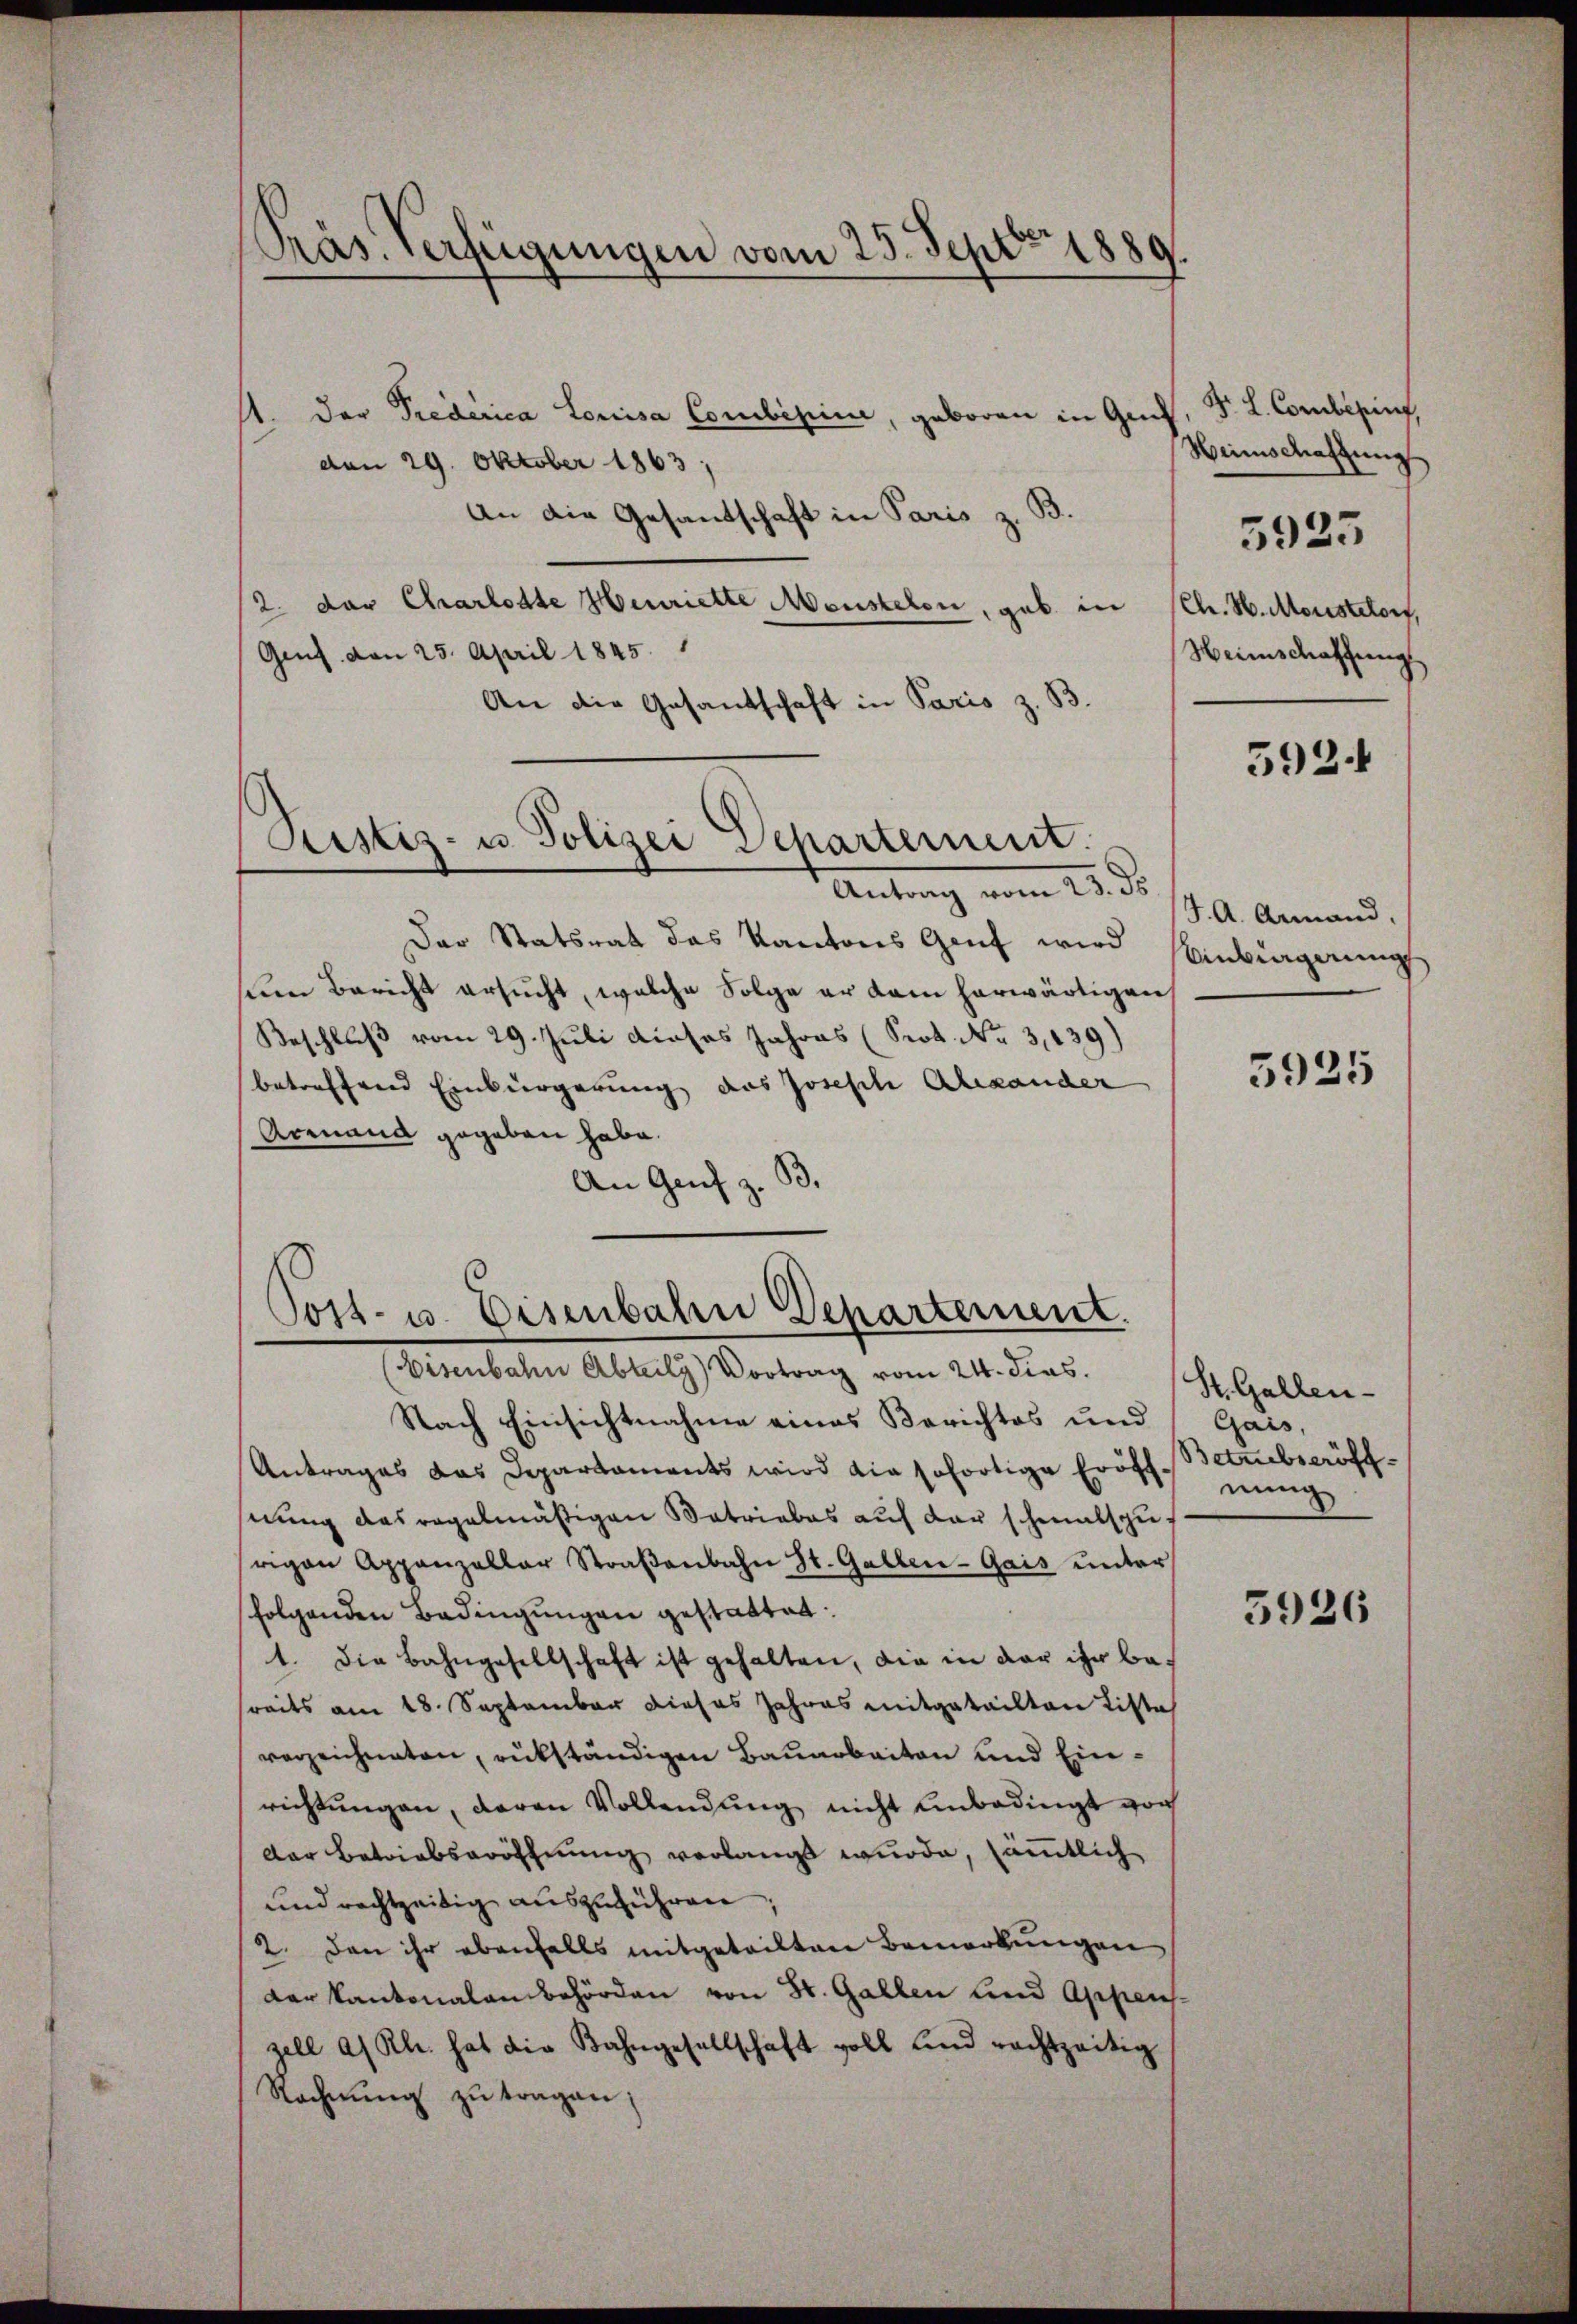
Präs. Verfügungen vom 25. Sept. 1889.

1. Der Prederica Louisa Combinin, geboren in Ge
den 29. Oktober 1863;
An die Gesandschaft in Paris z. B.
2. der Charlotte Henriette Menstelen, geb. in (Ch. H. Moristetorf,
Genf von 25. April 1845.
An die Gesantschaft in Paris z. B.
Pustiz- u. Polizei Departement.
Antrag vom 15. d.
Der Statsrat das Kantons Genf wird
sem Bericht ersucht, welche Folge er kam herwärtigen
Beschluß vom 29. Juli dieses Jahres (Prot. No 3,139)
betreffend Einbürgerung des Joseph Alexander
Armand gegeben habe.
33.
An Genf z.

Post- u. Eisenbahn Departement.

Eisenbahn Abteils) Vortrag vom 24. dies.
Nach Einsichtnahme eines Berichtes und
Antrages das Departaments wird die sofortige Eröff-Betrubseröffnung das regelmäßigen Betriebes auf der schmalspurigen Appenzellar Straβenbahn St. Gallen-Gais ŭnter
folgenden Bedingungen gestattet:
1. Die Bahngesellschaft ist gehalten, die in der ihr bereits am 18. September dieses Jahres mitgeteilten Liste
verzeichneten, rükständigen Bauarbeiten und Einrichtŭngen, daran Vollendung nicht unbedingt von
Der Betriebseröffnung verlangt wurde, sämmtlich
und rechtzeitig aŭszŭführen;
2. dan ihr ebenfalls mitgeteilten Bemerkungen
der Kantonalen behörden von St. Gallen und Appens.
zell a/ Kl. hat die Bahngesellschaft voll und rechtzeitig
Rechnŭng zŭ tragen;

Dr. L. Conclesing,
Heimschaffung
Weinschaffung

5925

5924

J. A. Armand,
Einbingerung

5925

St. Gallen-
Gais,
nung

5926